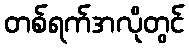
တစ်ရက်အလိုတွင်